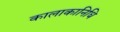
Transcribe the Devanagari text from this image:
कालाकानिधि